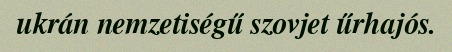
ukrán nemzetiségű szovjet űrhajós.